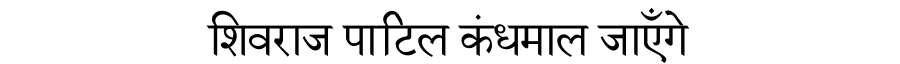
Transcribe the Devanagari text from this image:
शिवराज पाटिल कंधमाल जाएँगे